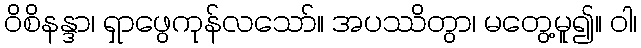
ဝိစိနန္ဒာ၊ ရှာဖွေကုန်လသော်။ အပဿိတွာ၊ မတွေ့မူ၍။ ဝါ၊